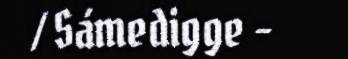
/ Sámedigge -